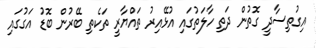
އިގުތިސާދީ ގޮތުން ދަތި ހާލަތުގައި އުޅޭއިރު ތައްޔާރީ ތަކެތި ބޭރުން ބޮޑު އަގުގައި